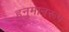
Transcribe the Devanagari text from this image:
हनुमानरूप